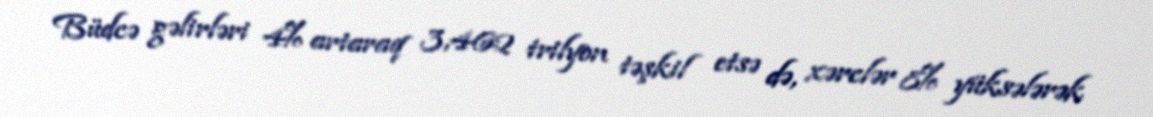
Büdcə gəlirləri 4% artaraq 3,462 trilyon təşkil etsə də, xərclər 8% yüksələrək